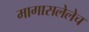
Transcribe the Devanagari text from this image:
मागासलेलेच